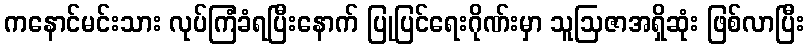
ကနောင်မင်းသား လုပ်ကြံခံရပြီးနောက် ပြုပြင်ရေးဂိုဏ်းမှာ သူဩဇာအရှိဆုံး ဖြစ်လာပြီး